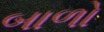
બાળો